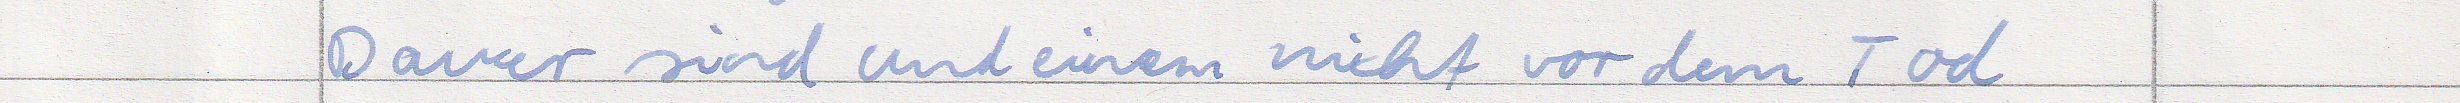
Dauer sind und einem nicht vor dem Tod